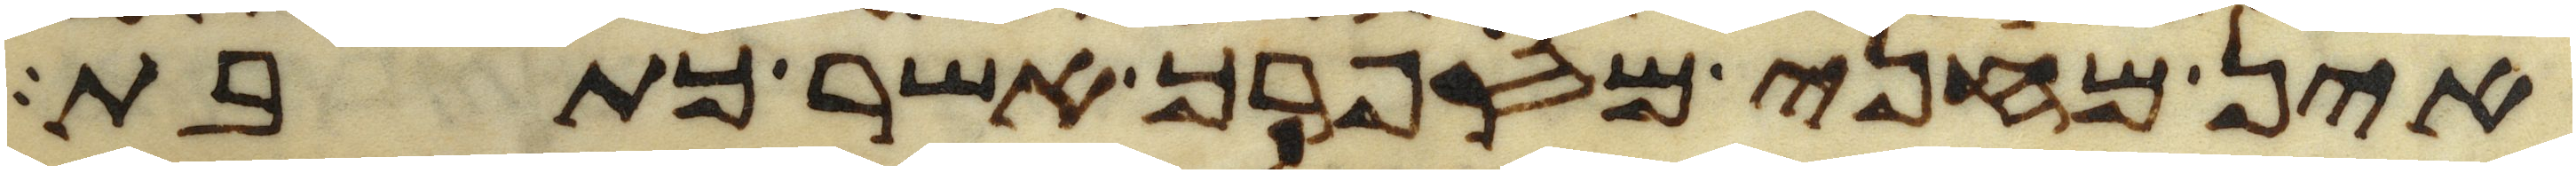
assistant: אין מחני מספרך אשר כתבת